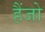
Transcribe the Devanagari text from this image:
हैंजो